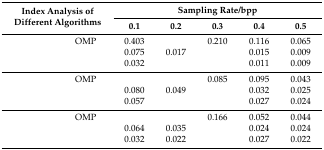
<table><thead><tr><td colspan="2" rowspan="2"><b>Index Analysis of Different Algorithms</b></td><td colspan="5"><b>Sampling Rate/bpp</b></td></tr><tr><td><b>0.1</b></td><td><b>0.2</b></td><td><b>0.3</b></td><td><b>0.4</b></td><td><b>0.5</b></td></tr></thead><tbody><tr><td rowspan="3">[EMPTY_CELL]</td><td>OMP</td><td>0.403</td><td>[EMPTY_CELL]</td><td>0.210</td><td>0.116</td><td>0.065</td></tr><tr><td>[EMPTY_CELL]</td><td>0.075</td><td>0.017</td><td>[EMPTY_CELL]</td><td>0.015</td><td>0.009</td></tr><tr><td>[EMPTY_CELL]</td><td>0.032</td><td>[EMPTY_CELL]</td><td>[EMPTY_CELL]</td><td>0.011</td><td>0.009</td></tr><tr><td rowspan="3">[EMPTY_CELL]</td><td>OMP</td><td>[EMPTY_CELL]</td><td>[EMPTY_CELL]</td><td>0.085</td><td>0.095</td><td>0.043</td></tr><tr><td>[EMPTY_CELL]</td><td>0.080</td><td>0.049</td><td>[EMPTY_CELL]</td><td>0.032</td><td>0.025</td></tr><tr><td>[EMPTY_CELL]</td><td>0.057</td><td>[EMPTY_CELL]</td><td>[EMPTY_CELL]</td><td>0.027</td><td>0.024</td></tr><tr><td rowspan="3">[EMPTY_CELL]</td><td>OMP</td><td>[EMPTY_CELL]</td><td>[EMPTY_CELL]</td><td>0.166</td><td>0.052</td><td>0.044</td></tr><tr><td>[EMPTY_CELL]</td><td>0.064</td><td>0.035</td><td>[EMPTY_CELL]</td><td>0.024</td><td>0.024</td></tr><tr><td>[EMPTY_CELL]</td><td>0.032</td><td>0.022</td><td>[EMPTY_CELL]</td><td>0.027</td><td>0.022</td></tr></tbody></table>